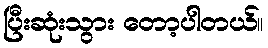
ပြီးဆုံးသွား တော့ပါတယ်။